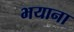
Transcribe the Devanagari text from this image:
भयाना